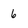
Character: 6